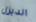
الديزل